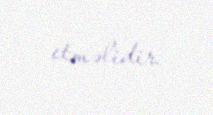
etməlidir.